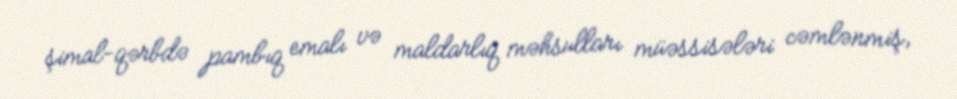
şimal-qərbdə pambıq emalı və maldarlıq məhsulları müəssisələri cəmlənmiş,